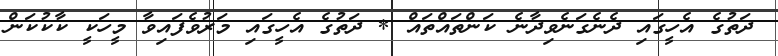
ދަތުގެ އެހީގައި ދެނެގަނެވިދާނެ ކަންތައްތައް * ދަތުގެ އެހީގައި މަރުވެފައިވާ މީހަކީ ކާކުކަން